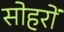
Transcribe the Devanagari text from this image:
सोहरों